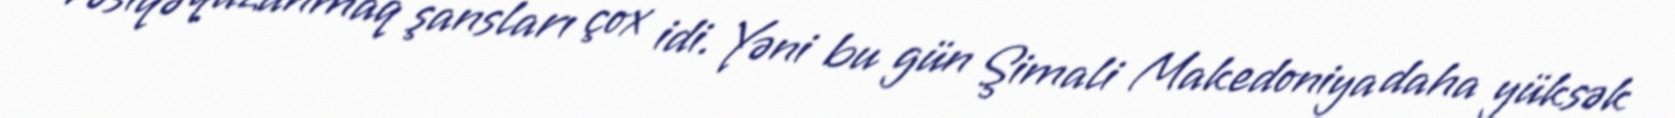
vəsiqə qazanmaq şansları çox idi. Yəni bu gün Şimali Makedoniya daha yüksək